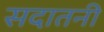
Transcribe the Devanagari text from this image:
सदातनी